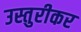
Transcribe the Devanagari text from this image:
उस्तुरीकर